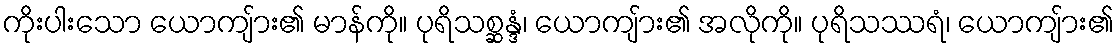
ကိုးပါးသော ယောကျ်ား၏ မာန်ကို။ ပုရိသစ္ဆန္ဒံ၊ ယောကျ်ား၏ အလိုကို။ ပုရိသဿရံ၊ ယောကျ်ား၏